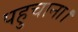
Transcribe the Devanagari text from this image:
पहुचाना।